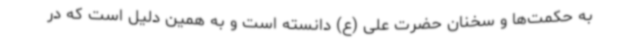
به حکمت‌ها و سخنان حضرت علی (ع) دانسته است و به همین دلیل است که در